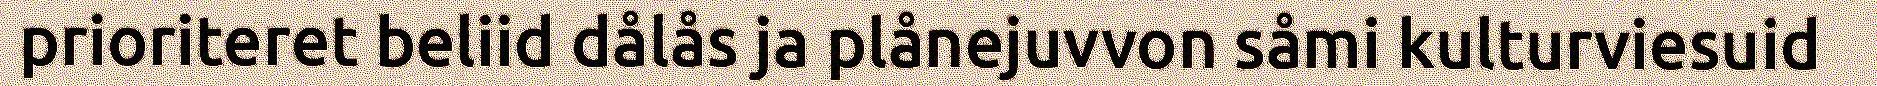
prioriteret beliid dålås ja plånejuvvon såmi kulturviesuid